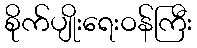
စိုက်ပျိုးရေးဝန်ကြီး